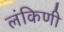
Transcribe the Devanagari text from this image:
लंकिणी